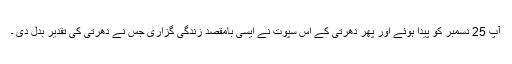
آپ 25 دسمبر کو پیدا ہوئے اور پھر دھرتی کے اس سپوت نے ایسی بامقصد زندگی گزاری جس نے دھرتی کی تقدیر بدل دی ۔